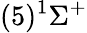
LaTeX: (5)^{1}\Sigma^{+}